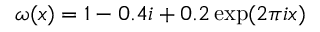
\omega ( x ) = 1 - 0 . 4 i + 0 . 2 \exp ( 2 \pi i x )